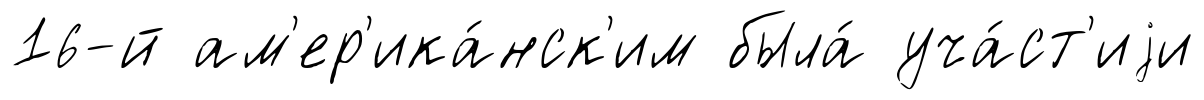
16-й ам'ер'ика́нск'им была́ уча́ст'иjи